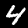
Label: 4